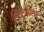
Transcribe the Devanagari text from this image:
हिरापैथाइट